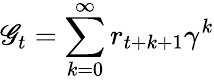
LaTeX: \mathscr{G}_{t}=\sum_{k=0}^{\infty}r_{t+k+1}\gamma^{k}